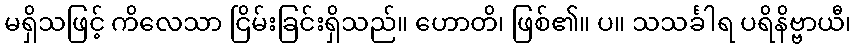
မရှိသဖြင့် ကိလေသာ ငြိမ်းခြင်းရှိသည်။ ဟောတိ၊ ဖြစ်၏။ ပ။ သသင်္ခါရ ပရိနိဗ္ဗာယီ၊